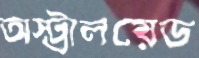
অস্ট্রালয়েড